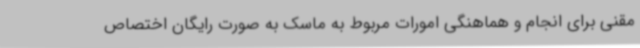
مقنی برای انجام و هماهنگی امورات مربوط به ماسک به صورت رایگان اختصاص